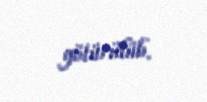
götürülüb.